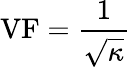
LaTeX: \mathrm{VF}={\frac{1}{\sqrt{\kappa}}}